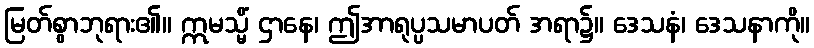
မြတ်စွာဘုရား၏။ ဣမသ္မိံ ဌာနေ၊ ဤအာရုပ္ပသမာပတ် အရာ၌။ ဒေသနံ၊ ဒေသနာကို။